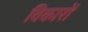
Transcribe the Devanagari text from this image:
विकारों